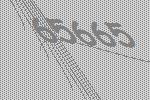
65665